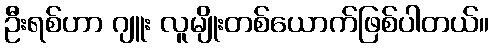
ဦးရစ်ဟာ ဂျူး လူမျိုးတစ်ယောက်ဖြစ်ပါတယ်။